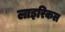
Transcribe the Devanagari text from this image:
लाइरिकल